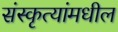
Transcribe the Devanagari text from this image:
संस्कृत्यांमधील